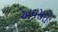
અવસરો